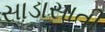
સાડાસાતી